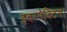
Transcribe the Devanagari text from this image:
इवरमेक्टिन।